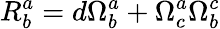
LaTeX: R_{b}^{a}=d\Omega_{b}^{a}+\Omega_{c}^{a}\Omega_{b}^{c}